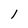
Character: l